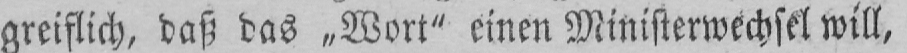
greiflich, daß das „Wort” einen Ministerwechsel will,